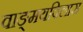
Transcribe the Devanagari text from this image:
वाङ्‌मयविलास